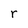
Character: r